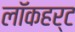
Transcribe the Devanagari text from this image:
लॉकहर्ट